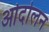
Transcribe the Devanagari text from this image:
ओदोलन